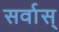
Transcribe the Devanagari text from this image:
सर्वास्‌